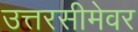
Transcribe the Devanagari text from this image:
उत्तरसीमेवर